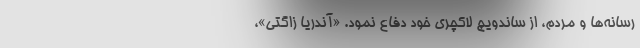
رسانه‌ها و مردم، از ساندویچ لاکچری خود دفاع نمود. «آندریا زاگتی»،